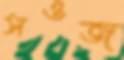
সওজ